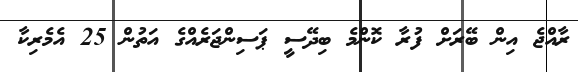
ރާއްޖެ އިން ބޭރަށް ފުރާ ކޮންމެ ބިދޭސީ ޕަސިންޖަރެއްގެ އަތުން 25 އެމެރިކާ